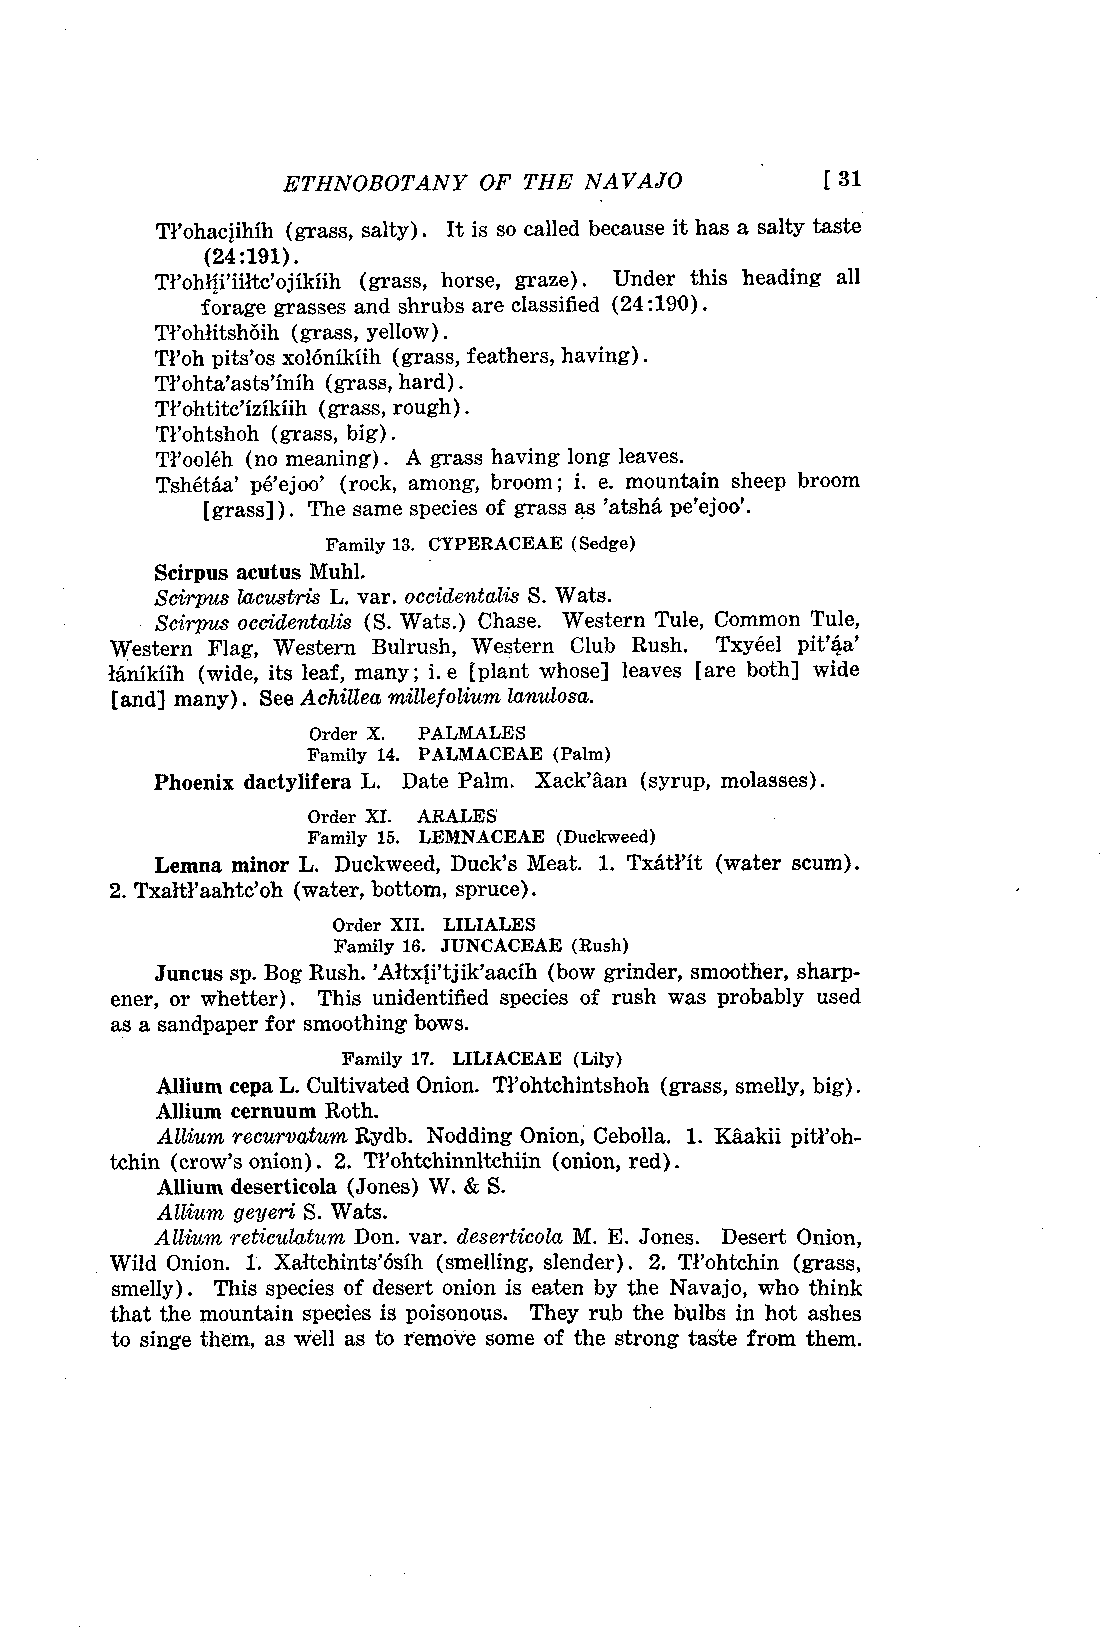
ETHNOBOTANY OF THE NAVAJO           [ 31
 Trohaciihih (grass, salty). It is so called because it has a salty taste
 (24:191).
 Trohliriiitc'ojikiih (grass, horse, graze). Under this heading all
 forage grasses and shrubs are classified (24:190).
 Trohlitshôih (grass, yellow).
 Troh pits'os xolônikiih (grass, feathers, having).
 Trohta'asts'inih (grass, hard).
 Trohtitc'izikiih (grass, rough).
 Tl'ohtshoh (grass, big).
 Trooléh (no meaning). A grass having long leaves.
 TshétAa' pé'ejoo' (rock, among, broom ; j. e. mountain sheep broom
 [grass]) . The same species of grass as 'atshA. pe'ejoo'.
 Family 13. CYPERACEAE (Sedge)
 Scirpus acutus Muhl.
 Scirpus lacustris L. var. occidentalis S. Wats.
 Scirpus occidentalis (S. Wats.) Chase. Western Tule, Common Tule,
 Western Flag, Western Bulrush, Western Club Rush. Txyéel
 lânikiih (wide, its leaf, many ; j. e [plant whose] leaves [are both] wide
 [and] many). See Achillea imillefolium lanutosa.
 Order X. PALMALES
 Family 14. PALMACEAE (Palm)
 Phoenix dactylif era L. Date Palm. Xack'âan (syrup, molasses).
 Order XI. ARALES
 Family 15. LEMNACEAE (Duckweed)
 Lemna minor L. Duckweed, Duck's Meat. 1. Txâtrit (water scum).
 2. Txaltl'aahtc'oh (water, bottom, spruce).
 Order XII. LILIALES
 Family 16. JUNCACEAE (Rush)
 Juncus sp. Bog Rush. 'Altx[rtjik'aacih (bow grinder, smoother, sharp-
 ener, or whetter). This unidentified species of rush was probably used
 as a sandpaper for smoothing bows.
 Family 17. LILIACEAE (Lily)
 Allium cepa L. Cultivated Onion. Tl'ohtchintshoh (grass, smelly, big).
 Allium cernuum Roth.
 Allium recurvatum Rydb. Nodding Onion, Cebolla. 1. Kâakii pitroh-
 tchin (crow's onion). 2. Trohtchinnitchiin (onion, red).
 Allium deserticola (Jones) W. & S.
 Ailium geyeri S. Wats.
 A Ilium reticulatwm, Don. var. deserticola, M. E. Jones. Desert Onion,
 Wild Onion. 1. Xatchints'6sih (smelling, slender). 2. Trohtchin (grass,
 smelly). This species of desert onion is eaten by the Navajo, who think
 that the mountain species is poisonous. They rub the bulbs in hot ashes
 to singe them, as well as to remove some of the strong taste from them.